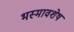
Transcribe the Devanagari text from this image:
भस्मावशेष